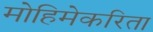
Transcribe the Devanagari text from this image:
मोहिमेकरिता